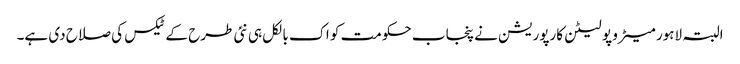
البتہ لاہور میٹرو پو لیٹن کارپوریشن نے پنجاب حکومت کو اک بالکل ہی نئی طرح کے ٹیکس کی صلاح دی ہے۔